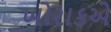
ખોરાકએ